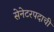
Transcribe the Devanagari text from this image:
सेनेटरपदाची